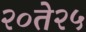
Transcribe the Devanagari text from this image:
२०ते२५